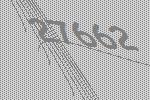
27662